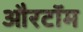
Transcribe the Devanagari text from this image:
औरटॉम